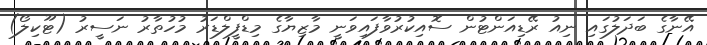
އޭނާގެ ބަދަލުގައި ނިއު ރޭޑިއަންޓުން ސޮއިކުރުވާފައިވަނީ މާޒިޔާގެ މިޑްފީލްޑަރު މުހުތާރު ނަސީރު (ޓޫކިލޯ)